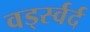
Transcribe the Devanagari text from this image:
वर्ड्स्वर्द